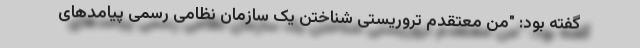
گفته بود: "من معتقدم تروریستی شناختن یک سازمان نظامی رسمی پیامدهای